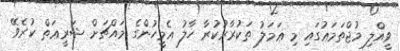
ވީއްލި މުޖްތަމަޢުގައި މި ޢަމަލު ތަކުރާރުކުރާ ހާލު އެމީހުންގެ މައްޗަށް ޝަރީޢަތް ކުރެވޭ